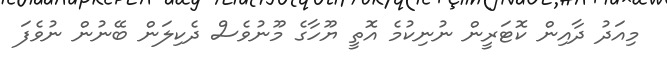
މިއަދު ދާއިން ކޮޓަރީން ނުނިކުމެ އޮތީ ޔޫހާގެ މޫނުވެސް ދެކިލަން ބޭނުން ނުވެފަ